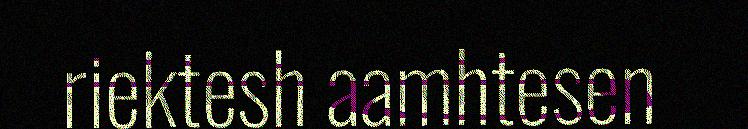
riektesh aamhtesen